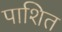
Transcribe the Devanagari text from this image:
पाशित